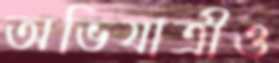
অভিযাত্রীও